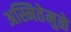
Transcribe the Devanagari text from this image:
अस्मितेमुळे